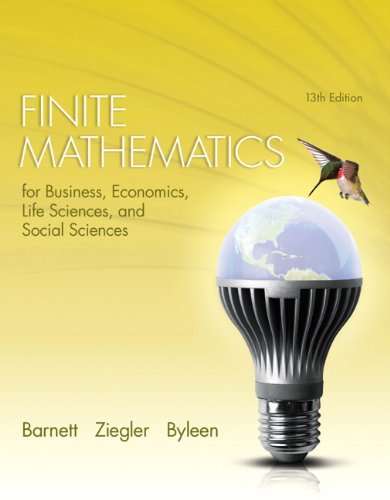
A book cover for Finite Mathematics for Business, Economics, Life Sciences, and Social Sciences (13th Edition); Raymond A. Barnett; Science & Math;